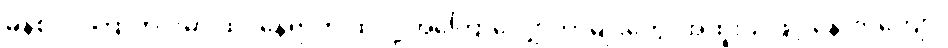
မိနစ် ၂၀ကြာတိုင်းမှာ ထိုင်နေရာက ထလို့ အကြောလျှော့တာမျိုးတွေ၊ အထူးသဖြင့် နောက်ကျော၊